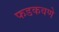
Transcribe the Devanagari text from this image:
फडकवणे